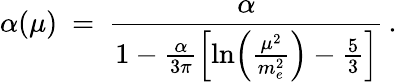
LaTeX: \alpha(\mu)\ =\ {\frac{\alpha}{1-{\frac{\alpha}{3\pi}}\Bigl[\ln\Bigl({\frac{\mu^{2}}{m_{e}^{2}}}\Bigr)-{\frac{5}{3}}\Bigr]}}\, .